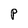
Character: P